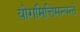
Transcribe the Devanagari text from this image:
योगमित्तिमन्यन्ते